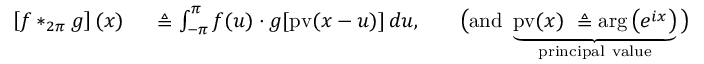
\begin{array} { r l r l } { \left[ f * _ { 2 \pi } g \right] ( x ) \ } & { { } \triangleq \int _ { - \pi } ^ { \pi } f ( u ) \cdot g [ { \mathrm { p v } } ( x - u ) ] \, d u , } & { } & { { } { \big ( } { \mathrm { a n d ~ } } \underbrace { { \mathrm { p v } } ( x ) \ \triangleq \arg \left( e ^ { i x } \right) } _ { \mathrm { p r i n c i p a l ~ v a l u e } } { \big ) } } \end{array}